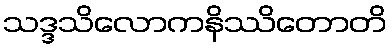
သဒ္ဒသိလောကနိဿိတောတိ